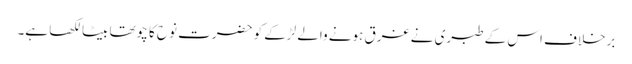
برخلاف اس کے طبری نے غرق ہونے والے لڑکے کو حضرت نوح کا چوتھا بیٹا لکھا ہے۔